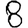
Digit: 8